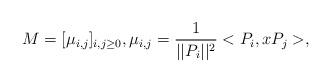
LaTeX: \begin{align*}M=[\mu_{i,j}]_{i,j\geq 0},\mu_{i,j} = \frac{1}{||P_i||^2}<P_i,x P_j>,\end{align*}